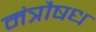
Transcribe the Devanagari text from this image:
मंत्रौषध